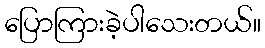
ပြောကြားခဲ့ပါသေးတယ်။